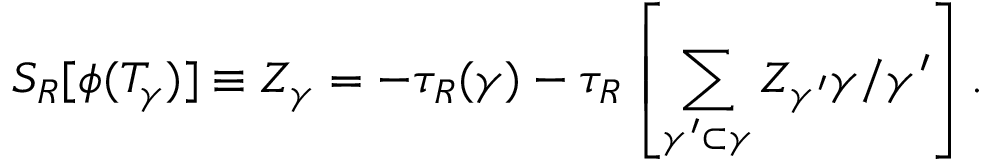
S _ { R } [ \phi ( T _ { \gamma } ) ] \equiv Z _ { \gamma } = - \tau _ { R } ( \gamma ) - \tau _ { R } \left[ \sum _ { \gamma ^ { \prime } \subset \gamma } Z _ { \gamma ^ { \prime } } \gamma / \gamma ^ { \prime } \right] .